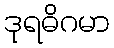
ဒုရဓိဂမာ